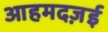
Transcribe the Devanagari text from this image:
आहमदज़ई